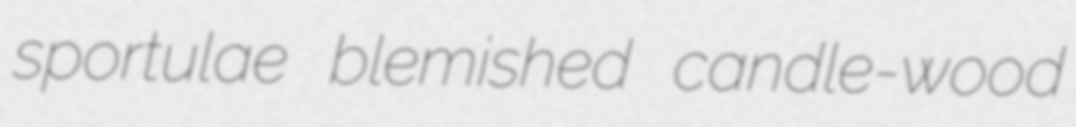
sportulae blemished candle-wood